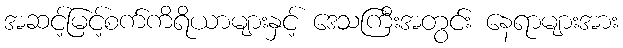
အဆင့်မြင့်စက်ကိရိယာများနှင့် ဒေသကြီးအတွင်း နေရာများအား